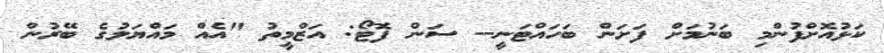
ކަޅުއޮށްފުންމި ބަނުމަށް ފަށަން ބަހައްޓަނީ-- ސަން ފޮޓޯ: އަޒްމީތު "އެއް މައްޔަލުގެ ބޭރުން